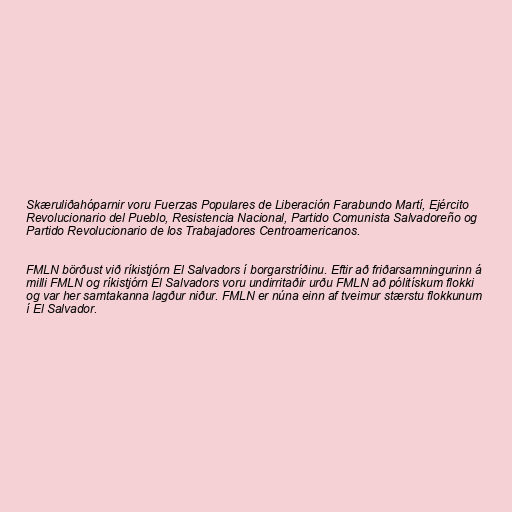
Skæruliðahóparnir voru Fuerzas Populares de Liberación Farabundo Martí, Ejército
Revolucionario del Pueblo, Resistencia Nacional, Partido Comunista Salvadoreño og
Partido Revolucionario de los Trabajadores Centroamericanos.

FMLN börðust við ríkistjórn El Salvadors í borgarstríðinu. Eftir að friðarsamningurinn á
milli FMLN og ríkistjórn El Salvadors voru undirritaðir urðu FMLN að pólitískum flokki
og var her samtakanna lagður niður. FMLN er núna einn af tveimur stærstu flokkunum
í El Salvador.